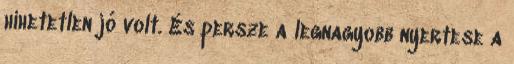
hihetetlen jó volt. És persze a legnagyobb nyertese a